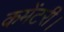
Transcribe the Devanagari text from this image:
कमेंटरी।